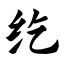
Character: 纥